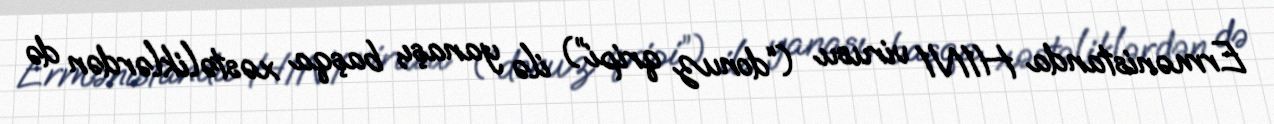
Ermənistanda H1N1 virusu (“donuz qripi”) ilə yanaşı, başqa xəstəliklərdən də